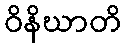
ဝိနိဃာတိ